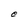
Character: e